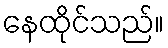
နေထိုင်သည်။